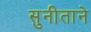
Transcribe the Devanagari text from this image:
सुनीताने